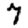
Digit: 7